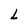
Character: L